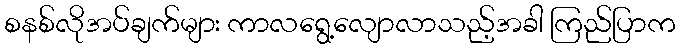
စနစ်လိုအပ်ချက်များ ကာလရွေ့လျောလာသည့်အခါ ကြည်ပြာက